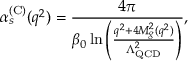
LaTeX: \alpha _ { s } ^ { ( \mathrm { C ) } } ( q ^ { 2 } ) = \frac { 4 \pi } { \beta _ { 0 } \ln \left( \frac { q ^ { 2 } + 4 M _ { g } ^ { 2 } ( q ^ { 2 } ) } { \Lambda _ { \mathrm { Q C D } } ^ { 2 } } \right) } ,